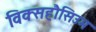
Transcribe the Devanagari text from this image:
विक्सहौसिउम